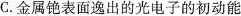
C.金属铯表面逸出的光电子的初动能